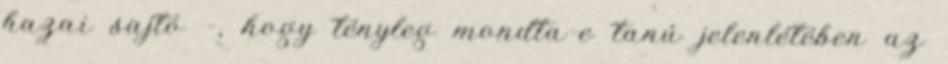
hazai sajtó –, hogy tényleg mondta-e tanú jelenlétében az